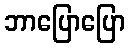
ဘာပြောပြော